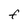
Character: F